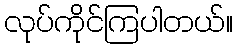
လုပ်ကိုင်ကြပါတယ်။